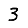
Digit: 3